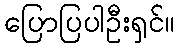
ပြောပြပါဦးရှင်။